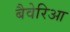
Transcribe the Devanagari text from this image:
बैवेरिआ